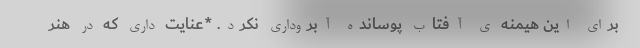
برای این هیمنه ی آفتاب پوسانده آبروداری نکرد. *عنایت داری که در هنر